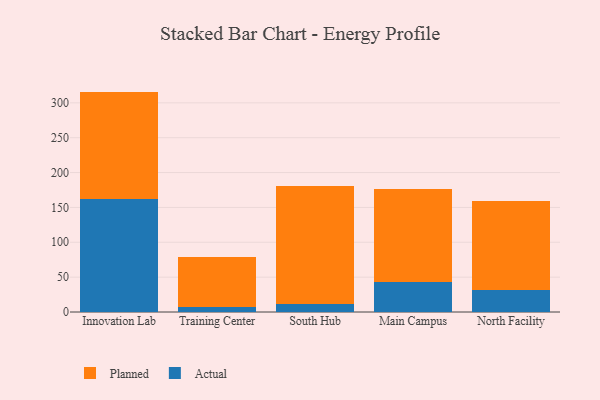
{"axis": {"x": "Campus", "y": "Demand Index"}, "legend": ["Actual", "Planned"], "data": [{"x": "Innovation Lab", "y": 161.7, "type": "Actual"}, {"x": "Innovation Lab", "y": 154.4, "type": "Planned"}, {"x": "Training Center", "y": 6.8, "type": "Actual"}, {"x": "Training Center", "y": 72.3, "type": "Planned"}, {"x": "South Hub", "y": 11.7, "type": "Actual"}, {"x": "South Hub", "y": 168.9, "type": "Planned"}, {"x": "Main Campus", "y": 43.2, "type": "Actual"}, {"x": "Main Campus", "y": 132.8, "type": "Planned"}, {"x": "North Facility", "y": 32.2, "type": "Actual"}, {"x": "North Facility", "y": 127.3, "type": "Planned"}]}